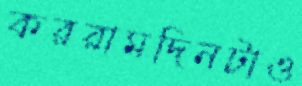
কররামদিনটাও